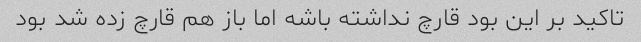
تاکید بر این بود قارچ نداشته باشه اما باز هم قارچ زده شد بود